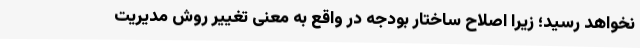
نخواهد رسید؛ زیرا اصلاح ساختار بودجه در واقع به معنی تغییر روش مدیریت